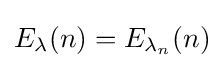
E_{\lambda }(n)=E_{\lambda _{n}}(n)